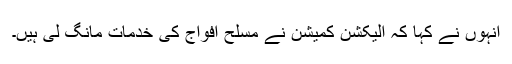
انہوں نے کہا کہ الیکشن کمیشن نے مسلح افواج کی خدمات مانگ لی ہیں۔